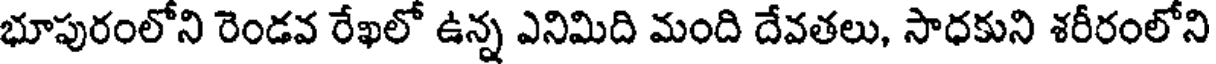
భూపురంలోని రెండవ రేఖలో ఉన్న ఎనిమిది మంది దేవతలు, సాధకుని శరీరంలోని